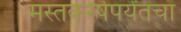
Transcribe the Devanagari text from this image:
मस्तकरेषेपर्यंतचा